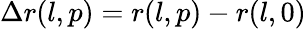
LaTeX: \Delta r(l,p)=r(l,p)-r(l,0)